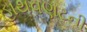
હાથવણટની